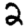
Digit: 2